Senior Leaving Certificate Examination (including Day School Certificate (Higher) General paper), 1946
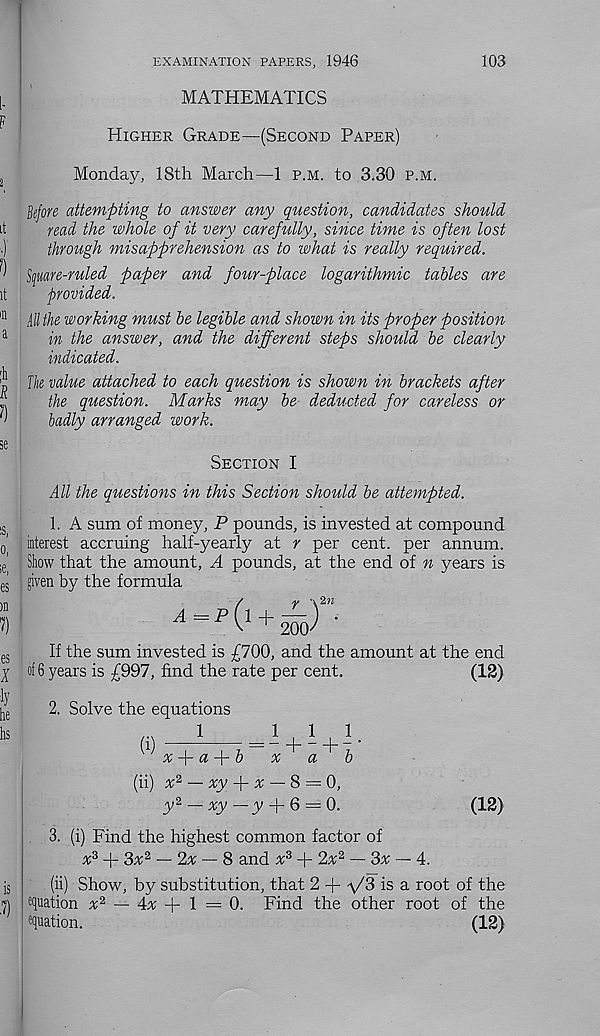
EXAMINATION PAPERS, 1946
103
MATHEMATICS
Higher Grade—(Second Paper)
Monday, 18th March—1 p.m. to 3.30 p.m.
Before attempting to answer any question, candidates should
read the whole of it very carefully, since time is often lost
through misapprehension as to what is really required.
S([uare-ruled paper and four-place logarithmic tables are
provided.
ill the working must be legible and shown in its proper position
in the answer, and the different steps should be clearly
indicated.
The value attached to each question is shown in brackets after
the question. Marks may be deducted for careless or
badly arranged work.
Section I
All the questions in this Section should be attempted.
1. A sum of money, P pounds, is invested at compound
interest accruing half-yearly at r per cent, per annum.
Show that the amount, A pounds, at the end of n years is
given by the formula
If the sum invested is £700, and the amount at the end
of 6 years is £997, find the rate per cent.
(12)
2. Solve the equations
1
111
W
,
| 7
d~ “h 7
x
a -\-b
x
a
b
(ii) a 2 — xy
x — 8 = 0,
y 2 — yy — y + 6 — 0.
(12)
3. (i) Find the highest common factor of
x? + 3a 2 — 2x — 8 and x 3 + 2a 2 — 3x — 4.
(ii) Show, by substitution, that 2 + ■y'S is a root of the
quation a 2 — 4a + 1 = 0. Find the other root of the
equation.
(12)